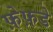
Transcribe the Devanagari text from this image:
फ़ेफ़डे